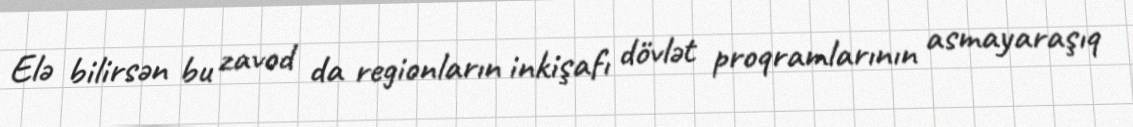
Elə bilirsən bu zavod da regionların inkişafı dövlət proqramlarının asmayaraşıq